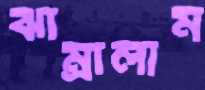
ঝাম্‌রালাম